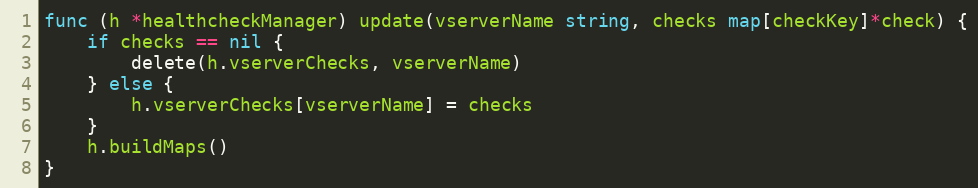
Language: Go
func (h *healthcheckManager) update(vserverName string, checks map[checkKey]*check) {
	if checks == nil {
		delete(h.vserverChecks, vserverName)
	} else {
		h.vserverChecks[vserverName] = checks
	}
	h.buildMaps()
}